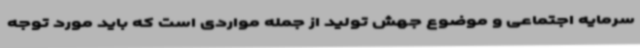
سرمایه اجتماعی و موضوع جهش تولید از جمله مواردی است که باید مورد توجه